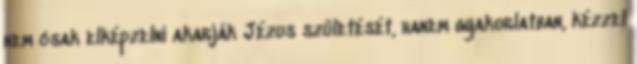
nem csak elképzelni akarják Jézus születését, hanem gyakorlatban, kézzel